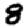
Digit: 8